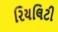
રિયલિટી